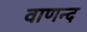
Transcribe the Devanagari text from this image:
वाणन्द